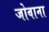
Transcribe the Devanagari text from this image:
जोवाना